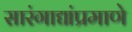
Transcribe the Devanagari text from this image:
सारंगाद्यांप्रमाणे